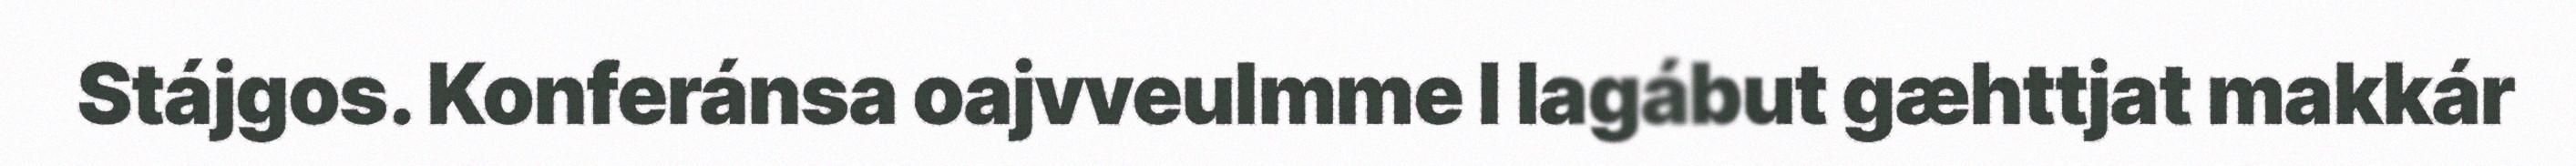
Stájgos. Konferánsa oajvveulmme l lagábut gæhttjat makkár